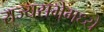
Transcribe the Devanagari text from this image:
राज्यसभेमध्ये